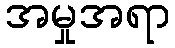
အမှုအရာ